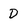
Character: d